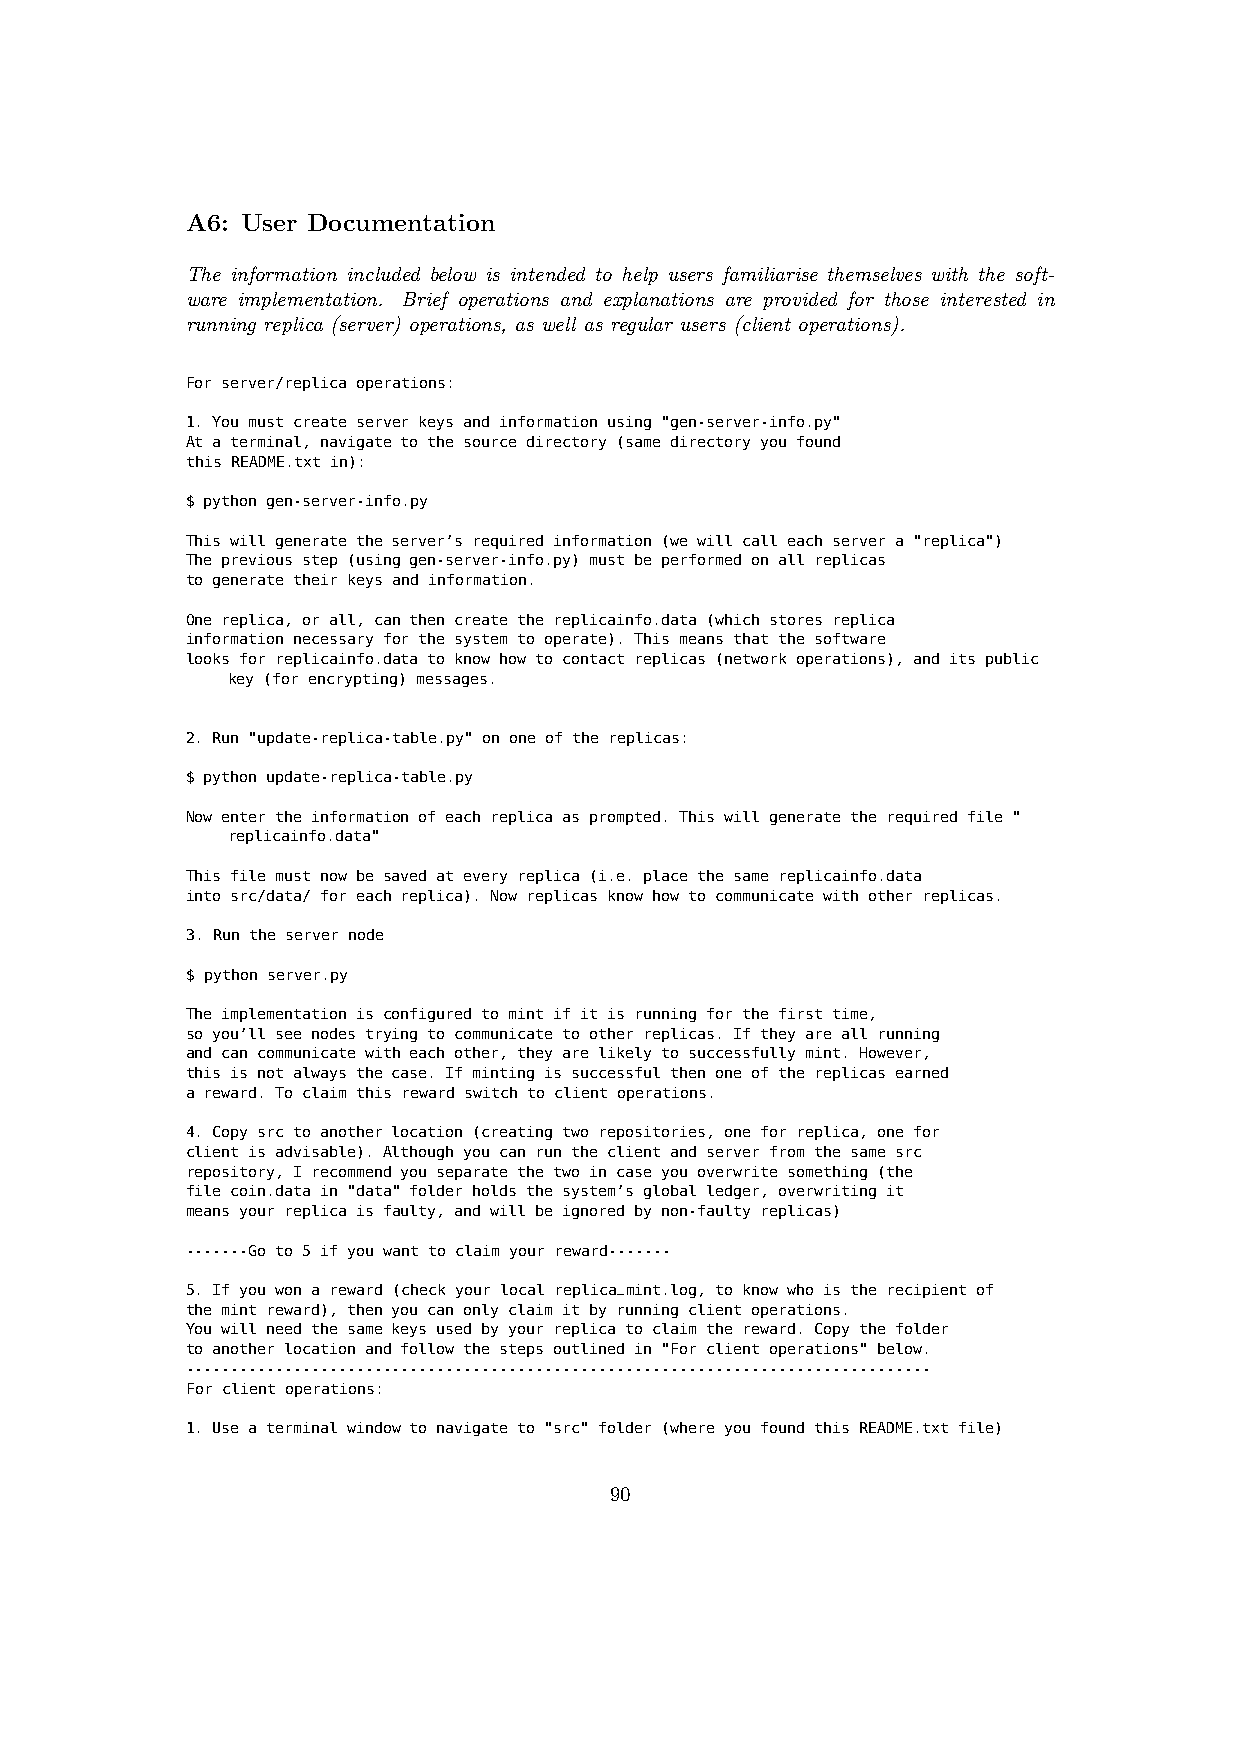
A6: User Documentation
 The information included below is intended to help users familiarise themselves with the soft-
 ware implementation. Brief operations and explanations are provided for those interested in
 running replica (server) operations, as well as regular users (client operations).
 For server/replica operations:
 1. You must create server keys and information using "gen-server-info.py"
 At a terminal, navigate to the source directory (same directory you found
 this README.txt in):
 $ python gen-server-info.py
 This will generate the server’s required information (we will call each server a "replica")
 The previous step (using gen-server-info.py) must be performed on all replicas
 to generate their keys and information.
 One replica, or all, can then create the replicainfo.data (which stores replica
 information necessary for the system to operate). This means that the software
 looks for replicainfo.data to know how to contact replicas (network operations), and its public
 key (for encrypting) messages.
 2. Run "update-replica-table.py" on one of the replicas:
 $ python update-replica-table.py
 Now enter the information of each replica as prompted. This will generate the required file "
 replicainfo.data"
 This file must now be saved at every replica (i.e. place the same replicainfo.data
 into src/data/ for each replica). Now replicas know how to communicate with other replicas.
 3. Run the server node
 $ python server.py
 The implementation is configured to mint if it is running for the first time,
 so you’ll see nodes trying to communicate to other replicas. If they are all running
 and can communicate with each other, they are likely to successfully mint. However,
 this is not always the case. If minting is successful then one of the replicas earned
 a reward. To claim this reward switch to client operations.
 4. Copy src to another location (creating two repositories, one for replica, one for
 client is advisable). Although you can run the client and server from the same src
 repository, I recommend you separate the two in case you overwrite something (the
 file coin.data in "data" folder holds the system’s global ledger, overwriting it
 means your replica is faulty, and will be ignored by non-faulty replicas)
 -------Go to 5 if you want to claim your reward-------
 5. If you won a reward (check your local replica_mint.log, to know who is the recipient of
 the mint reward), then you can only claim it by running client operations.
 You will need the same keys used by your replica to claim the reward. Copy the folder
 to another location and follow the steps outlined in "For client operations" below.
 -----------------------------------------------------------------------------------
 For client operations:
 1. Use a terminal window to navigate to "src" folder (where you found this README.txt file)
 90